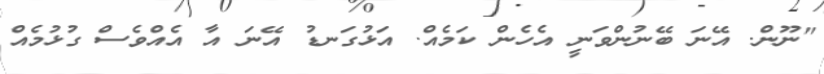
"ނޫން. އޭނަ ބޭނުންވަނީ އެހެން ކަމެއް. އަޅުގަނޑު އޭނަ އާ އެއްވެސް ގުޅުމެއް